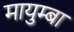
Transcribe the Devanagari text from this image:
मायुम्बा